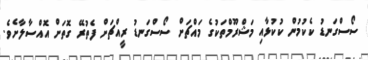
ސޯސްގަނޑު ކެކުމުން ކުކުޅާއި މަޝްރޫމްތަކުގެ މައްޗަށް ސޯސްގަނޑު ރީއްޗަށް ފެތުރޭ ގޮތަށް އޮއްސާލާށެވެ.